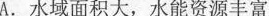
A.水域面积大，水能资源丰富